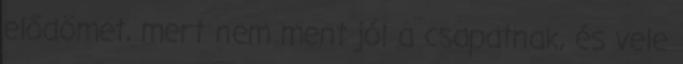
elődömet, mert nem ment jól a csapatnak, és vele